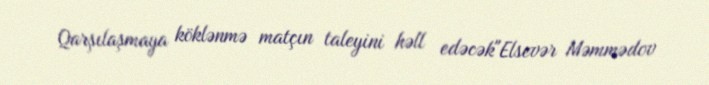
Qarşılaşmaya köklənmə matçın taleyini həll edəcək"Elsevər Məmmədov